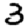
Digit: 3